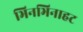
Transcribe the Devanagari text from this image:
भिनभिनाहट